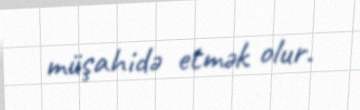
müşahidə etmək olur.